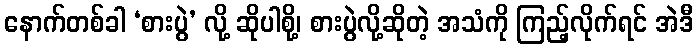
နောက်တစ်ခါ ‘စားပွဲ’ လို့ ဆိုပါစို့၊ စားပွဲလို့ဆိုတဲ့ အသံကို ကြည့်လိုက်ရင် အဲဒီ